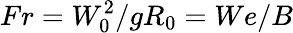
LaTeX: Fr=W_{0}^{2}/gR_{0}=We/B